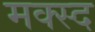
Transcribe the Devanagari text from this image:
मक्स्द